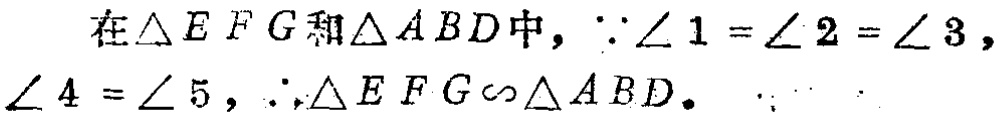
在$\triangle EFG$和$\triangle ABD$中，$\because\angle 1 = \angle 2 = \angle 3$，$\angle 4 = \angle 5$，$\therefore\triangle EFG\sim\triangle ABD$。